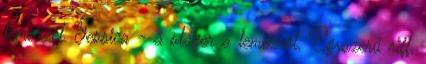
lemezzel. Jessica - a sláger a lemezről. Egyszerű riff,